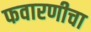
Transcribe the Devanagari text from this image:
फवारणीचा